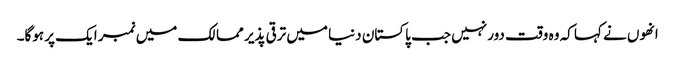
انھوں نے کہا کہ وہ وقت دور نہیں جب پاکستان دنیا میں ترقی پذیر ممالک میں نمبر ایک پر ہوگا۔